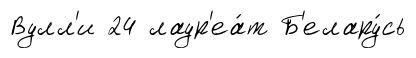
Вулл'и 24 лаур'еа́т Б'елару́сь